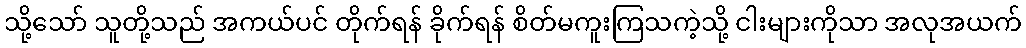
သို့သော် သူတို့သည် အကယ်ပင် တိုက်ရန် ခိုက်ရန် စိတ်မကူးကြသကဲ့သို့ ငါးများကိုသာ အလုအယက်